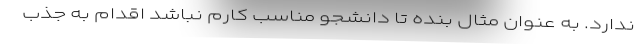
ندارد. به عنوان مثال بنده تا دانشجو مناسب کارم نباشد اقدام به جذب